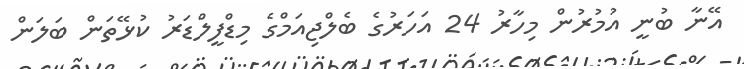
އޭނާ ބުނީ އުމުރުން މިހާރު 24 އަހަރުގެ ބެލްޖިއަމްގެ މިޑްފީލްޑަރު ކުޅޭތަން ބަލަން